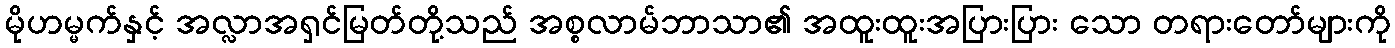
မိုဟမ္မက်နှင့် အလ္လာအရှင်မြတ်တို့သည် အစ္စလာမ်ဘာသာ၏ အထူးထူးအပြားပြား သော တရားတော်များကို